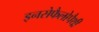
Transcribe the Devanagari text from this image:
इनसेफैलोपैथी